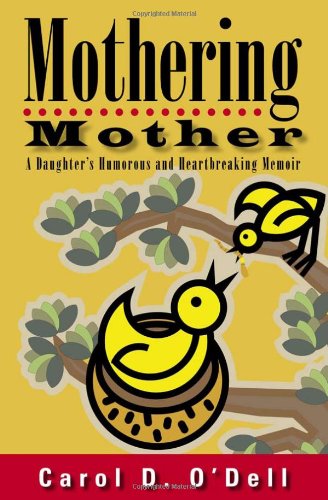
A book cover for Mothering Mother: A Daughter's Humorous and Heartbreaking Memoir; Carol D. O'Dell; Health, Fitness & Dieting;